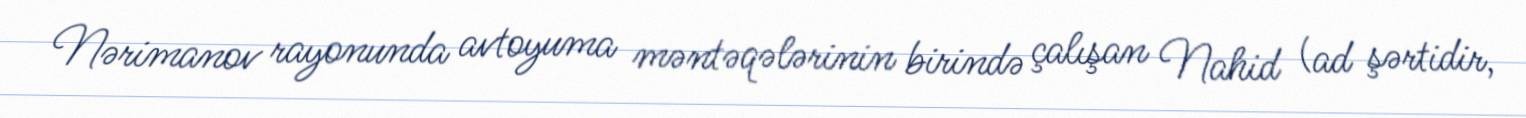
Nərimanov rayonunda avtoyuma məntəqələrinin birində çalışan Nahid (ad şərtidir,